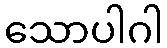
သောပါဂါ